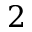
2